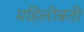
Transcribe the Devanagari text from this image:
महिलोन्नती